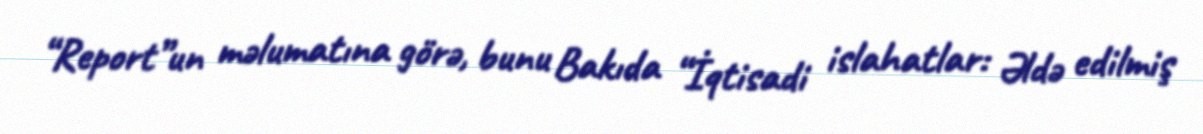
“Report”un məlumatına görə, bunu Bakıda “İqtisadi islahatlar: Əldə edilmiş